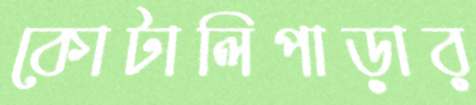
কোটালিপাড়ার